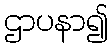
ဌာပနာ၍